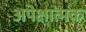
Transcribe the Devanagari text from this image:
अपेक्षात्मक